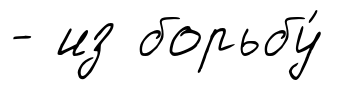
- из борьбу́